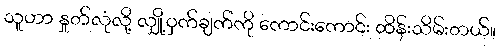
သူဟာ နှုတ်လုံလို့ လျှို့ဝှက်ချက်ကို ကောင်းကောင်း ထိန်းသိမ်းတယ်။